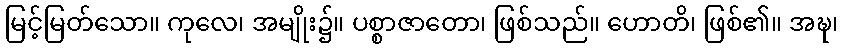
မြင့်မြတ်သော။ ကုလေ၊ အမျိုး၌။ ပစ္စာဇာတော၊ ဖြစ်သည်။ ဟောတိ၊ ဖြစ်၏။ အဍ္ဎ၊